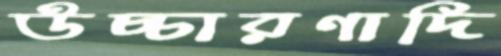
উচ্চারণাদি